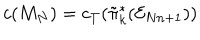
c ( M _ { N } ) = c _ { T } ( \tilde { \pi } _ { k } ^ { * } ( { \cal E } _ { N n + 1 } ) )